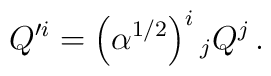
Q'^i=\left( \alpha ^{1/2}\right) ^i{}_j Q^j\, .